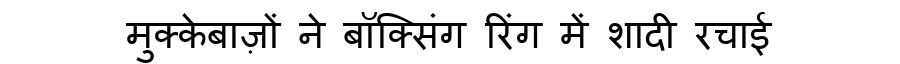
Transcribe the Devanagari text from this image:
मुक्केबाज़ों ने बॉक्सिंग रिंग में शादी रचाई